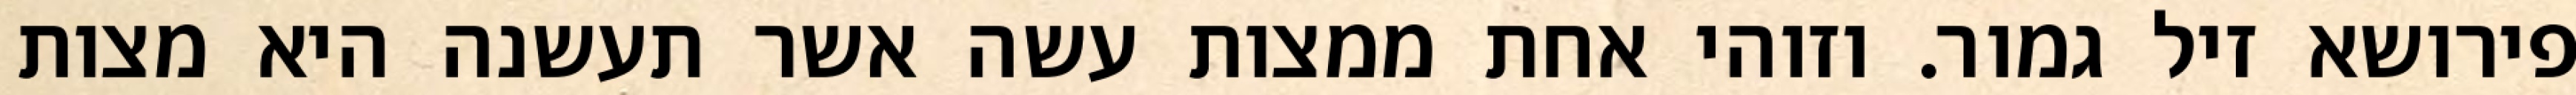
פירושא זיל גמור. וזוהי אחת ממצות עשה אשר תעשנה היא מצות